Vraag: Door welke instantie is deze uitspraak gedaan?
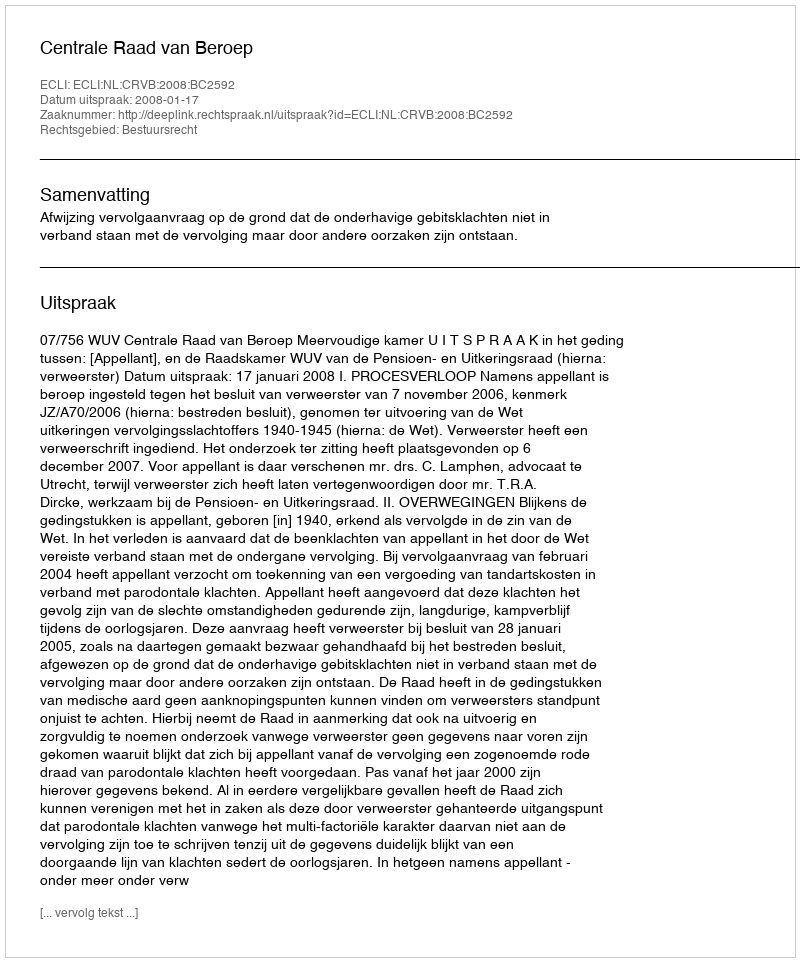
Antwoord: Centrale Raad van Beroep